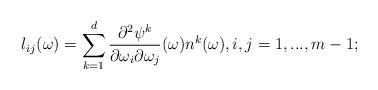
LaTeX: \begin{align*} l_{ij} (\omega)= \sum \limits_{k=1}^d \frac{\partial^2 \psi^k}{\partial \omega_i \partial \omega_j} (\omega) n^k (\omega), i,j=1,...,m-1;\end{align*}